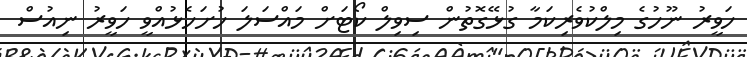
ހަވީރު ނޫހުގެ މިލްކުވެރިކަމާ ގުޅޭގޮތުން ސިވިލް ކޯޓަށް މައްސަލަ ހުށަހެޅުއްވީ ހަވީރު ނިއުސް